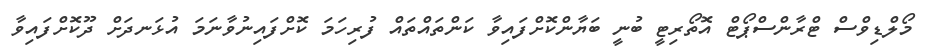
މޯލްޑިވްސް ޓްރާންސްޕޯޓް އޮތޯރިޓީ ބުނީ ބަޔާންކޮށްފައިވާ ކަންތައްތައް ފުރިހަމަ ކޮށްފައިނުވާނަމަ އުޅަނދަށް ދޫކޮށްފައިވާ